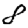
Digit: 8